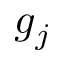
g _ { j }